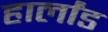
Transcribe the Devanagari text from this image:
हार्लांड